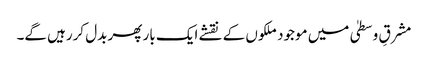
مشرقِ وسطیٰ میں موجود ملکوں کے نقشے ایک بار پھر بدل کررہیں گے۔